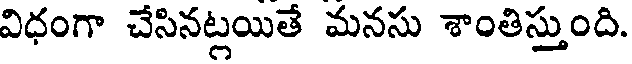
విధంగా చేసినట్లయితే మనసు శాంతిస్తుంది.